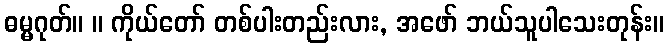
ဓမ္မဂုတ်။ ။ ကိုယ်တော် တစ်ပါးတည်းလား, အဖော် ဘယ်သူပါသေးတုန်း။